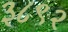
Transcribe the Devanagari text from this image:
३८९२